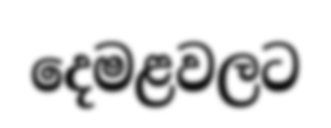
දෙමළවලට